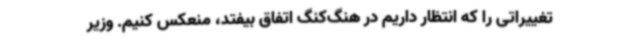
تغییراتی را که انتظار داریم در هنگ‌کنگ اتفاق بیفتد، منعکس کنیم. وزیر